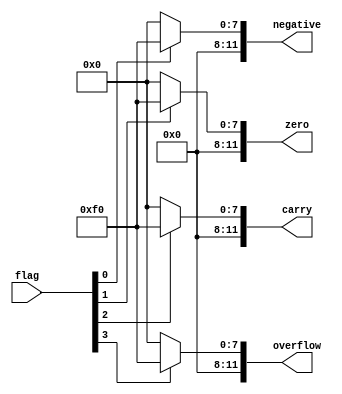
module flags_monitor(
    input [3:0] flag,
    output reg  [11:0] overflow,
    output reg  [11:0] carry,
    output reg  [11:0] zero,
    output reg  [11:0] negative
     );
always @(*) begin
    if (flag[3]==1'b1) 
        overflow= 12'h0F0;
        
    else
        overflow= 12'h000;
    end
always @(*) begin
        if (flag[2]==1'b1) 
            carry= 12'h0F0;
            
        else
            carry= 12'h000;
        end
always @(*) begin
            if (flag[1]==1'b1) 
                zero= 12'h0F0;
                
            else
                zero= 12'h000;
            end
always @(*) begin
                if (flag[0]==1'b1) 
                    negative= 12'h0F0;
                    
                else
                    negative= 12'h000;
                end              
endmodule